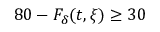
8 0 - F _ { \delta } ( t , \xi ) \geq 3 0